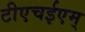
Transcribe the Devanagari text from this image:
टीएचईएम्